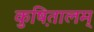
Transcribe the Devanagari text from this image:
कुष़ितालम्